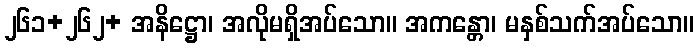
၂၆၁+၂၆၂+ အနိဋ္ဌော၊ အလိုမရှိအပ်သော။ အကန္တော၊ မနှစ်သက်အပ်သော။